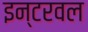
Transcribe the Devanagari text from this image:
इन्टरवल